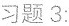
习题3：